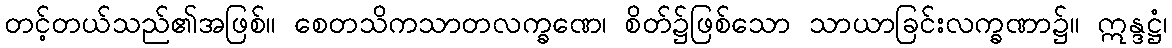
တင့်တယ်သည်၏အဖြစ်။ စေတသိကသာတလက္ခဏေ၊ စိတ်၌ဖြစ်သော သာယာခြင်းလက္ခဏာ၌။ ဣန္ဒဋ္ဌံ၊